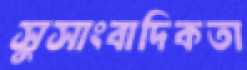
সুসাংবাদিকতা